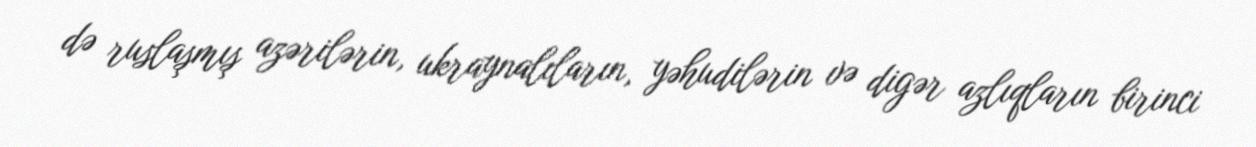
də ruslaşmış azərilərin, ukraynalıların, yəhudilərin və digər azlıqların birinci